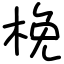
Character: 梚